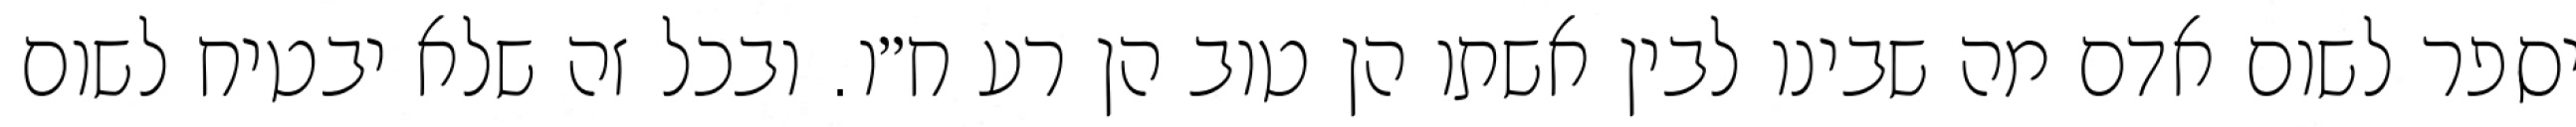
יספר לשום אדם מה שבינו לבין אשתו הן טוב הן רע ח״ו. ובכל זה שלא יבטיח לשום